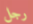
رجل